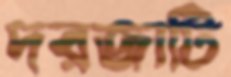
দরজাটি